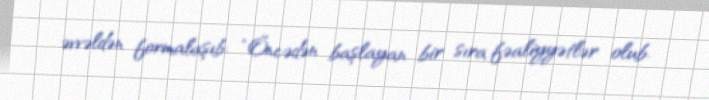
əvvəldən formalaşıb: “Öncədən başlayan bir sıra fəaliyyətlər olub.